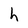
Character: h